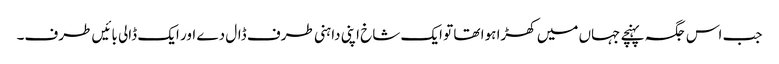
جب اس جگہ پہنچے جہاں میں کھڑا ہوا تھا تو ایک شاخ اپنی داہنی طرف ڈال دے اور ایک ڈالی بائیں طرف۔